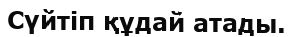
Сүйтіп құдай атады.